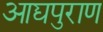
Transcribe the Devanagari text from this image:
आद्यपुराण